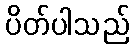
ပိတ်ပါသည်